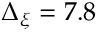
\Delta _ { \xi } = 7 . 8